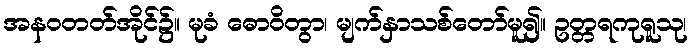
အနဝတတ်အိုင်၌။ မုခံ ဓောဝိတွာ၊ မျက်နှာသစ်တော်မူ၍။ ဥတ္တရကုရူသု၊